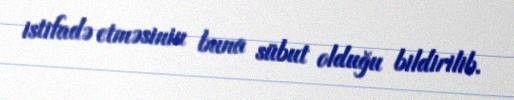
istifadə etməsinin buna sübut olduğu bildirilib.